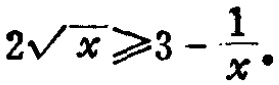
\(2\sqrt{x}\geqslant3 - \frac{1}{x}\)